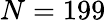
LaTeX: N=199